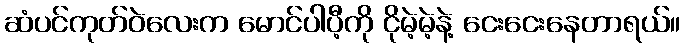
ဆံပင်ကုတ်ဝဲလေးက မောင်ပါပီ့ကို ငိုမဲ့မဲ့နဲ့ ငေးငေးနေတာရယ်။